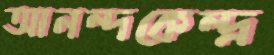
আনন্দকেন্দ্র